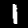
Label: 1